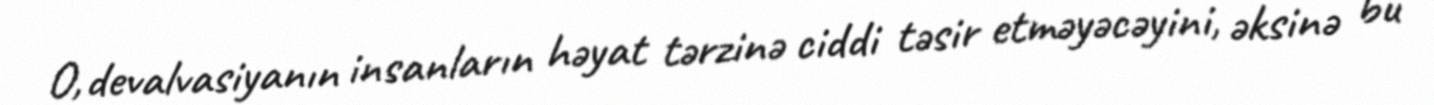
O, devalvasiyanın insanların həyat tərzinə ciddi təsir etməyəcəyini, əksinə bu